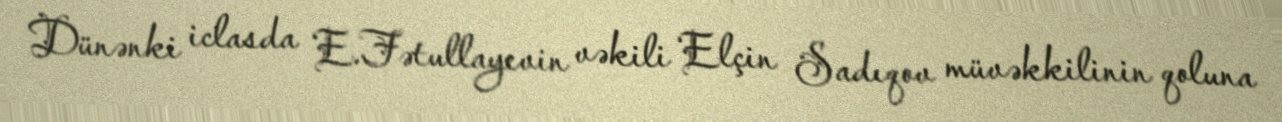
Dünənki iclasda E.Fətullayevin vəkili Elçin Sadıqov müvəkkilinin qoluna